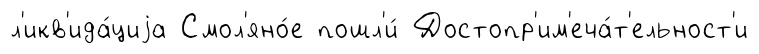
л'икв'ида́циjа Смол'яно́е пошл'и́ Достопр'им'еча́т'ельност'и